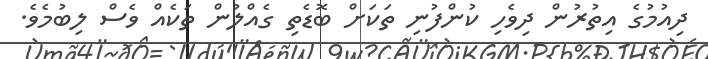
ދިއުމުގެ އިތުރުން ދިވެހި ކުންފުނި ތަކަށް ބޮޑެތި ގެއްލުން ތަކެއް ވެސް ލިބުމެވެ.